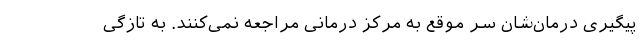
پیگیری درمان‌شان سر موقع به مرکز درمانی مراجعه نمی‌کنند. به تازگی